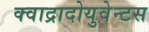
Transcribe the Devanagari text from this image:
क्वाद्रादोयुवेन्टस